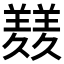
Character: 𦏇